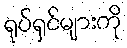
ရုပ်ရှင်များကို